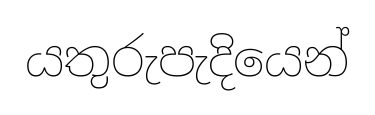
යතුරුපැදියෙන්